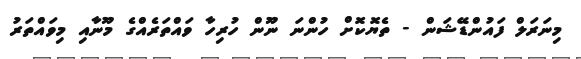
މިނަރަލް ފައުންޑޭޝަން - ތެޔޮކޮށް ހުންނަ ނޫން ހުރިހާ ވައްތަރެއްގެ މޫނާއި މިވައްތަރު